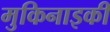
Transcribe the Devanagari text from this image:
मुकिनाइकी